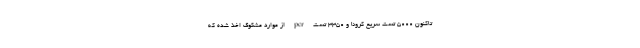
تاکنون ۵۰۰۰ تست سریع کرونا و ۳۳۵۰ تست pcr از موارد مشکوک اخذ شده که